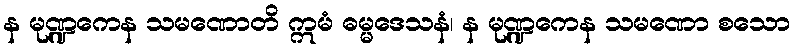
န မုဏ္ဍကေန သမဏောတိ ဣမံ ဓမ္မဒေသနံ၊ န မုဏ္ဍကေန သမဏော စသော